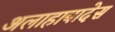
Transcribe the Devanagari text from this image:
अलाहाबादेस